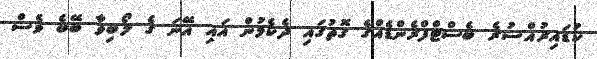
ކުޑައިރުއްސުރެ ބެސްޓްފްރެންޑެއްގެ ގޮތުގައި ދެކެމުން އައި އޭނަ ގެ ލޯބިވާ ބޭބެ ވެސް